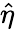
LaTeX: \hat{\eta}